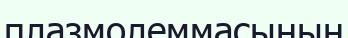
плазмолеммасының